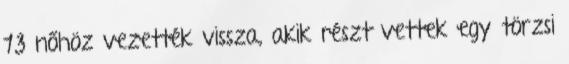
13 nőhöz vezették vissza, akik részt vettek egy törzsi